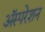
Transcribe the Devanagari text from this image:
अॅस्परेशन